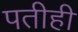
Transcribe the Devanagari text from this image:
पतीही